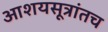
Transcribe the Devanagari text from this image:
आशयसूत्रांतच